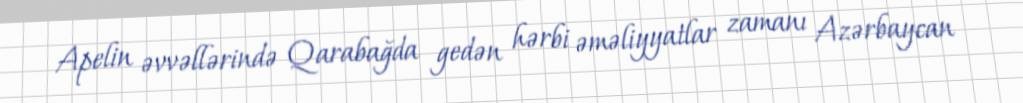
Apelin əvvəllərində Qarabağda gedən hərbi əməliyyatlar zamanı Azərbaycan